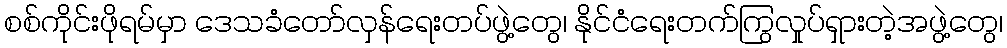
စစ်ကိုင်းဖိုရမ်မှာ ဒေသခံတော်လှန်ရေးတပ်ဖွဲ့တွေ၊ နိုင်ငံရေးတက်ကြွလှုပ်ရှားတဲ့အဖွဲ့တွေ၊